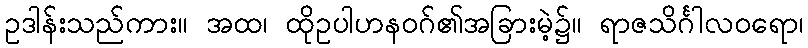
ဥဒါန်းသည်ကား။ အထ၊ ထိုဥပါဟနဝဂ်၏အခြားမဲ့၌။ ရာဇသိင်္ဂါလဝရော၊